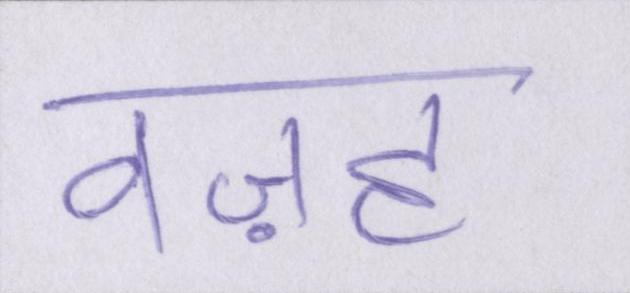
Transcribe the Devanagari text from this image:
वज़ह